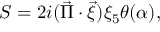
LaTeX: S = 2 i ( \vec { \Pi } \cdot \vec { \xi } ) \xi _ { 5 } \theta ( \alpha ) ,